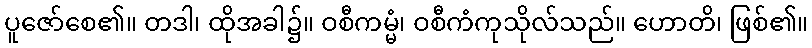
ပူဇော်စေ၏။ တဒါ၊ ထိုအခါ၌။ ဝစီကမ္မံ၊ ဝစီကံကုသိုလ်သည်။ ဟောတိ၊ ဖြစ်၏။